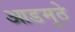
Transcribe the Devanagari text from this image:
आडमुठे